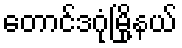
တောင်ဒဂုံမြို့နယ်